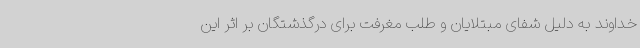
خداوند به دلیل شفای مبتلایان و طلب مغرفت برای درگذشتگان بر اثر این